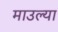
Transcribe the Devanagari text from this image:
माउल्या